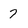
Character: 7